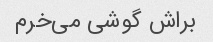
براش گوشی می‌خرم